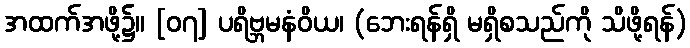
အထက်အဖို့၌။ [၀၇] ပရိဗ္ဘမနံဝိယ၊ (ဘေးရန်ရှိ မရှိစသည်ကို သိဖို့ရန်)